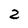
Character: 2